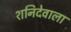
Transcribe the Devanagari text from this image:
शनिदेवाला